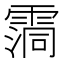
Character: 霘